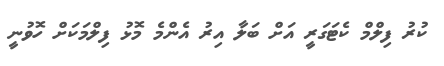
ކުރު ފިލްމް ކެޓަގަރީ އަށް ބަލާ އިރު އެންމެ މޮޅު ފިލްމަކަށް ހޮވުނީ